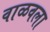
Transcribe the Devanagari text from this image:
वाळवला